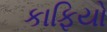
કાફિયો